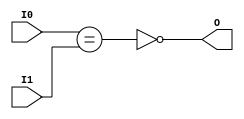
module NE4 (
    input [3:0] I0,
    input [3:0] I1,
    output O
);
assign O = ~ (I0 == I1);
endmodule